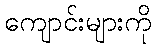
ကျောင်းများကို